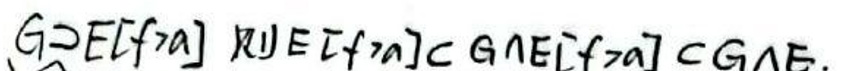
$G \supset E [ f _ { n } ] \cap E [ f _ { n } ] ^ { c } \cap E [ f _ { n } ] ^ { c } \cap G ^ { c } E.$